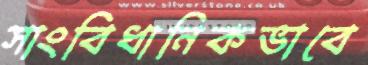
সাংবিধানিকভাবে